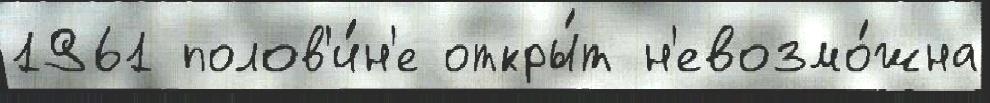
1961 полов'и́н'е откры́т н'евозмо́жна